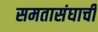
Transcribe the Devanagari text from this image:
समतासंघाची